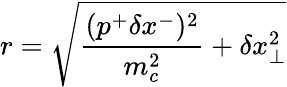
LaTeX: r=\sqrt{\frac{(p^{+}\delta x^{-})^{2}}{m_{c}^{2}}+\delta x_{\bot}^{2}}